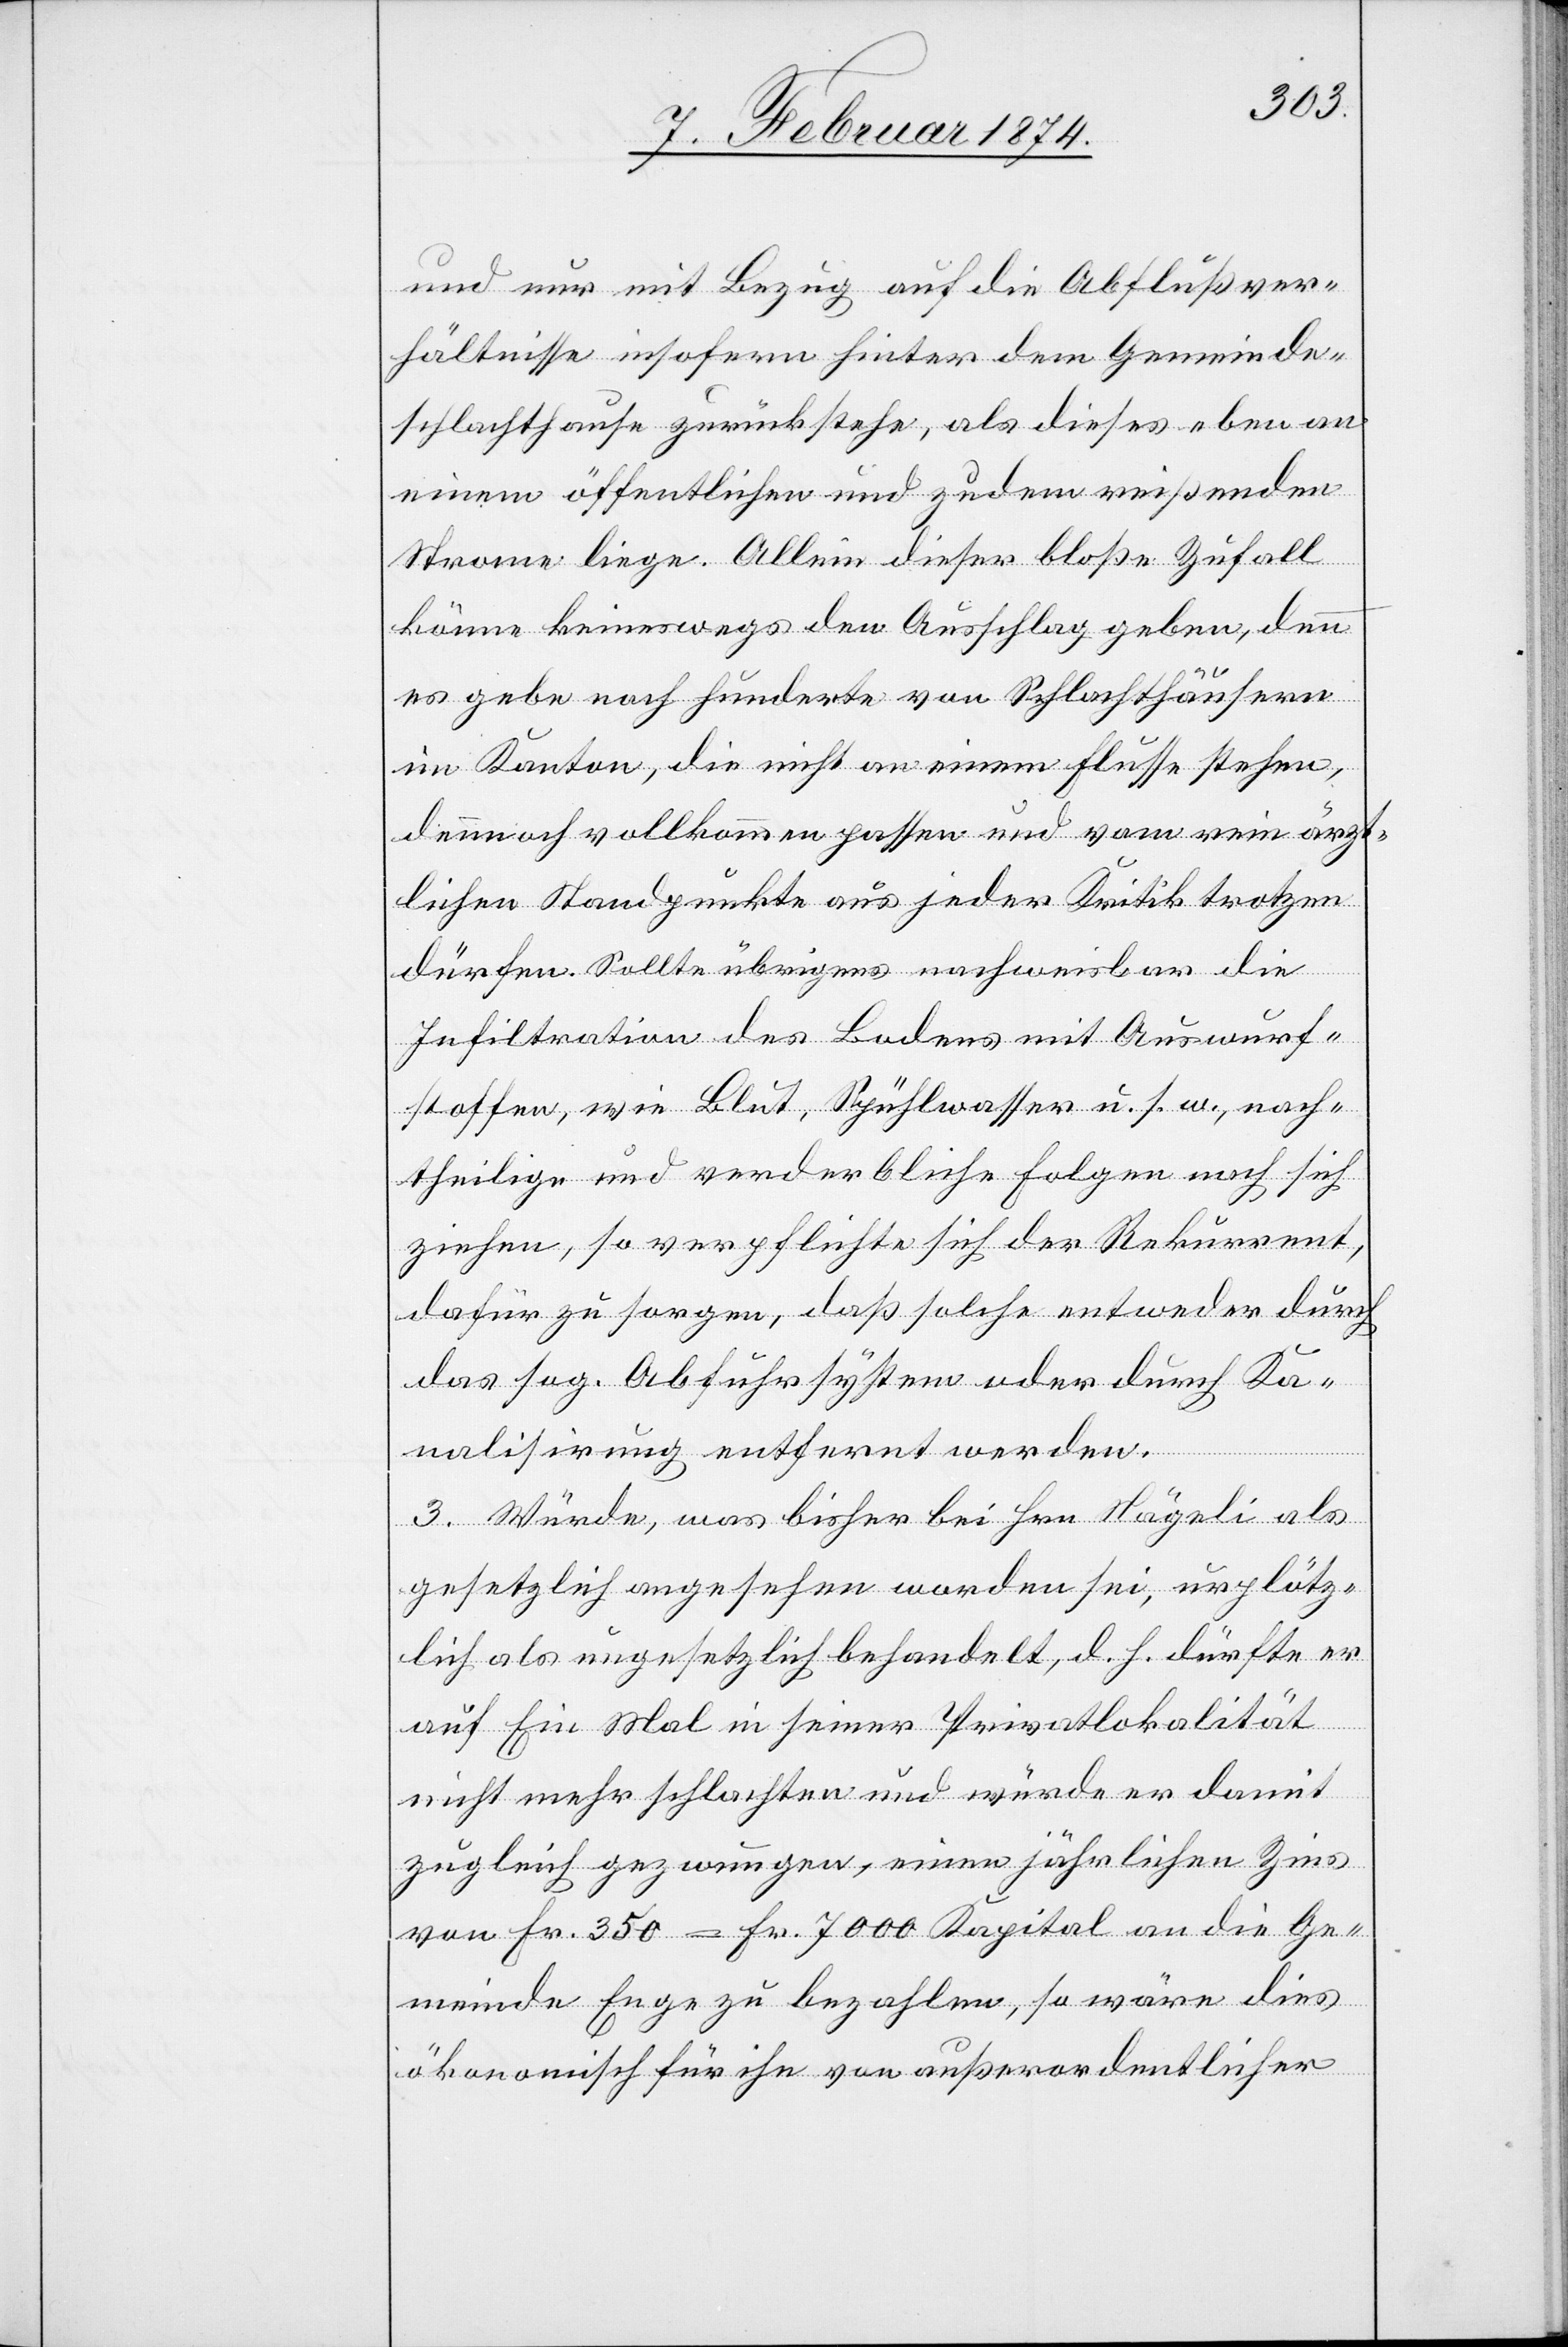
und nur mit Bezug auf die Abflußver¬
hältnisse insofern hinter dem Gemeinde¬
schlachthause zurückstehe, als dieses eben an
einem öffentlichen und zudem reißenden
Strom liege. Allein dieser bloße Zufall
könne keineswegs den Ausschlag geben, denn
es gebe noch hunderte von Schlachthäusern
im Kanton, die nicht an einem Flusse stehen,
dennoch vollkommen passen und vom rein ärzt¬
lichen Standpunkte aus jeder Kritik trotzen
dürfen. Sollte übrigens nachweisbar die
Infiltration des Bodens mit Auswurf¬
stoffen, wie Blut, Spühlwasser u. s. w., nach¬
theilige und verderbliche Folgen nach sich
ziehen, so verpflichte sich der Rekurrent,
dafür zu sorgen, daß solche entweder durch
das sog. Abfuhrsystem oder durch Ka¬
nalisirung entfernt werden.
3. Würde, was bisher bei Hrn. Nägeli als
gesetzlich angesehen worden sei, urplötz¬
lich als ungesetzlich behandelt, d. h. dürfte er
auf Ein Mal in seiner Privatlokalität
nicht mehr schlachten und würde er damit
zugleich gezwungen, einen jährlichen Zins
von Fr. 350 – Fr. 7000 Kapital an die Ge¬
meinde Enge zu bezahlen, so wäre dies
ökonomisch für ihn von außerordentlicher